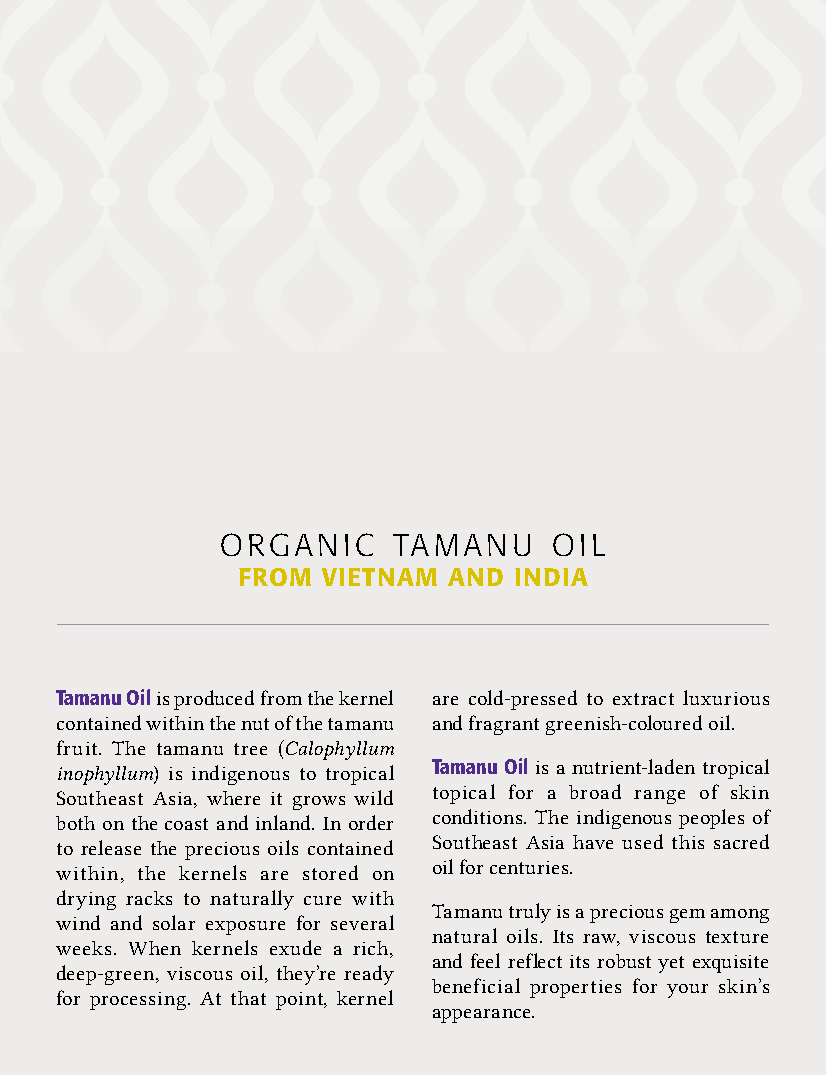
ORGANIC    TAMANU     OIL
 FROM VIETNAM  AND INDIA
 Tamanu Oil is produced from the kernel are cold-pressed to extract luxurious
 contained within the nut of the tamanu and fragrant greenish-coloured oil.
 fruit. The tamanu tree (Calophyllum
 inophyllum) is indigenous to tropical Tamanu Oil is a nutrient-laden tropical
 Southeast Asia, where it grows wild topical for a broad range of skin
 both on the coast and inland. In order conditions. The indigenous peoples of
 to release the precious oils contained Southeast Asia have used this sacred
 within, the kernels are stored on oil for centuries.
 drying racks to naturally cure with
 Tamanu truly is a precious gem among
 wind and solar exposure for several
 natural oils. Its raw, viscous texture
 weeks. When kernels exude a rich,
 and feel reflect its robust yet exquisite
 deep-green, viscous oil, they’re ready
 beneficial properties for your skin’s
 for processing. At that point, kernel
 appearance.